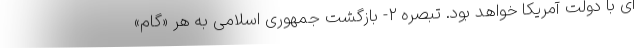
ای با دولت آمریکا خواهد بود. تبصره ۲- بازگشت جمهوری اسلامی به هر «گام»